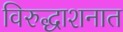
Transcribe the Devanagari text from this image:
विरुद्धाशनात